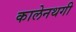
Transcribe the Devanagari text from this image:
कालेनथगी